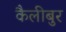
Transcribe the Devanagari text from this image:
कैलीबुर